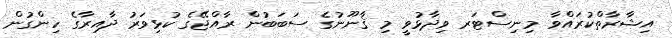
އިޝާރާތްކުރައްވާ މިނިސްޓަރ ވިދާޅުވީ މި ޤާނޫނުގެ ސަބަބުން ރާއްޖޭގެ ކުޅިވަރު ދާއިރާގެ ހިންގުން